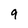
Character: 9